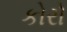
કોરો